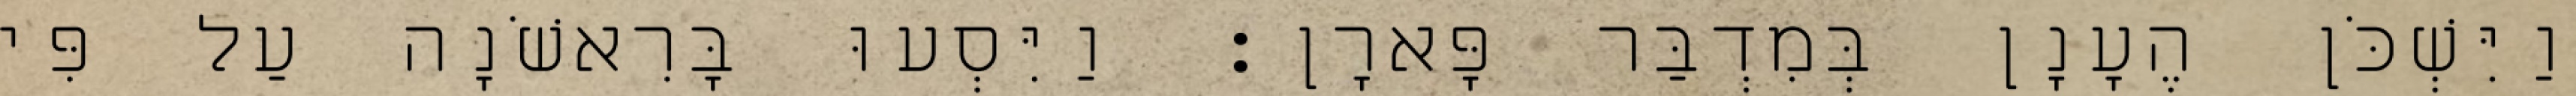
וַיִּשְׁכֹּן הֶעָנָן בְּמִדְבַּר פָּארָן׃ וַיִּסְעוּ בָּרִאשֹׁנָה עַל פִּי